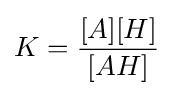
K={\frac {[A][H]}{[AH]}}